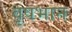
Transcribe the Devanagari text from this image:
वृषभान